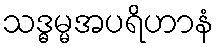
သဒ္ဓမ္မအပရိဟာနံ